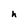
Character: h